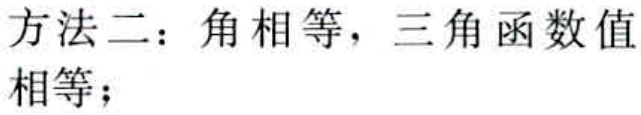
方法二：角相等，三角函数值相等；